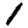
Digit: 1